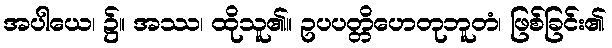
အပါယေ၊ ၌။ အဿ၊ ထိုသူ၏။ ဥပပတ္တိဟေတုဘူတံ၊ ဖြစ်ခြင်း၏